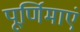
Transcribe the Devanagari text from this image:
पूर्णिमाएं